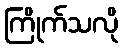
ကြိုက်သလို